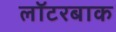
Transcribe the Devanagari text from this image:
लॉटरबाक